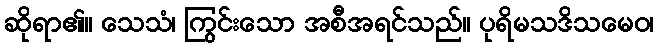
ဆိုရာ၏။ သေသံ၊ ကြွင်းသော အစီအရင်သည်။ ပုရိမသဒိသမေဝ၊